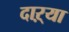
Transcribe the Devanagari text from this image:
दाऱ्या